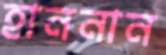
হাননান